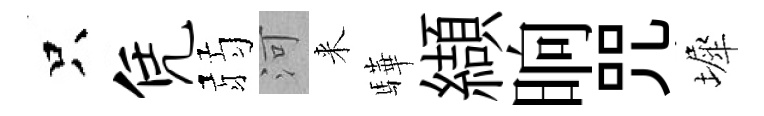
只凭弱河来驊纈晌咒墀